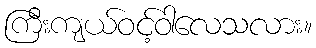
ကြီးကျယ်ဝင့်ဝါလေသလား။